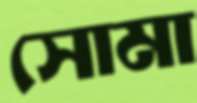
সোমা